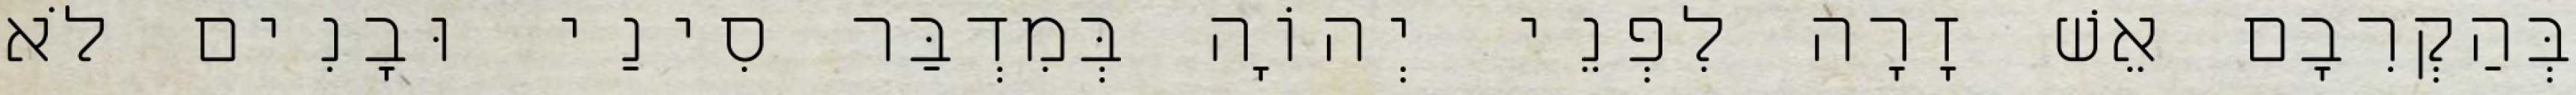
בְּהַקְרִבָם אֵשׁ זָרָה לִפְנֵי יְהוָֹה בְּמִדְבַּר סִינַי וּבָנִים לֹא